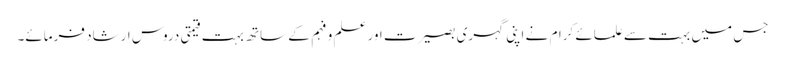
جس میں بہت سے علمائے کرام نے اپنی گہری بصیرت اور علم و فہم کے ساتھ بہت قیمتی دروس ارشاد فرمائے۔